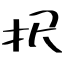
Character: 択